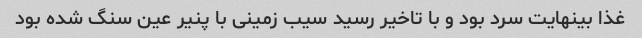
غذا بینهایت سرد بود و با تاخیر رسید سیب زمینی با پنیر عین سنگ شده بود